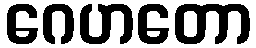
ဂေဟတော